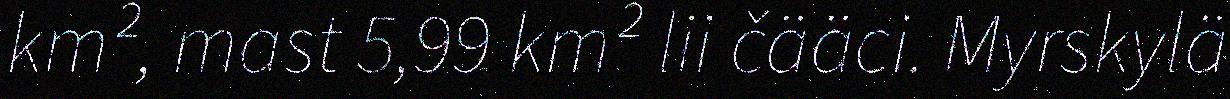
km², mast 5,99 km² lii čääci. Myrskylä